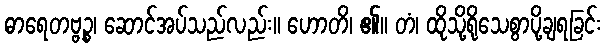
ဓာရေတဗ္ဗဉ္စ၊ ဆောင်အပ်သည်လည်း။ ဟောတိ၊ ၏။ တံ၊ ထိုသို့ရိုသေစွာပို့ချရခြင်း